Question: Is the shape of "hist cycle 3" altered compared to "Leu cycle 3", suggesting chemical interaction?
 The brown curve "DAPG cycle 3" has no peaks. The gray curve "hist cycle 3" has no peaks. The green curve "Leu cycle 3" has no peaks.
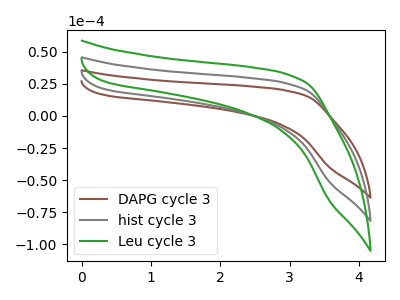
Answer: <think>Neither "hist cycle 3" or "Leu cycle 3" have any peaks.
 </think>
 <answer>No, "hist cycle 3" and "Leu cycle 3" don't appear to be significantly different in shape</answer>
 <eval>no_change</eval>